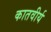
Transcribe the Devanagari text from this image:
कातवीर्य